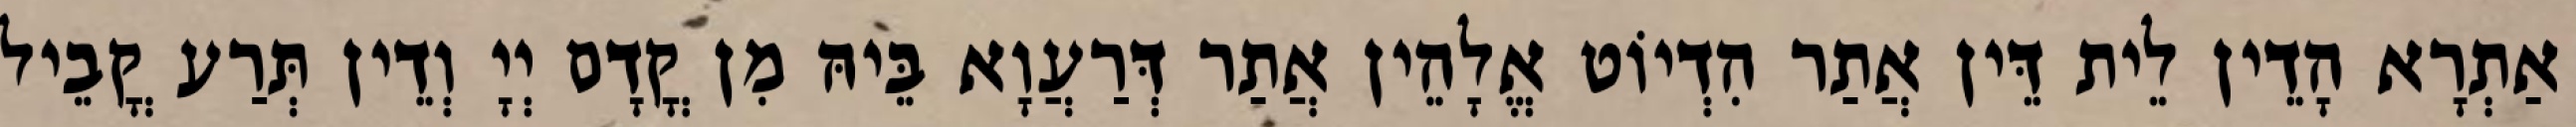
אַתְרָא הָדֵין לֵית דֵּין אֲתַר הִדְיוֹט אֱלָהֵין אֲתַר דְּרַעֲוָא בֵּיהּ מִן קֳדָם יְיָ וְדֵין תְּרַע קֳבֵיל